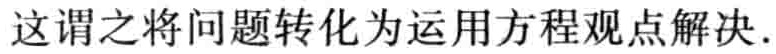
这谓之将问题转化为运用方程观点解决.